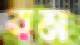
বম